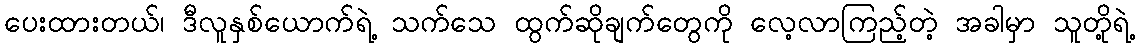
ပေးထားတယ်၊ ဒီလူနှစ်ယောက်ရဲ့ သက်သေ ထွက်ဆိုချက်တွေကို လေ့လာကြည့်တဲ့ အခါမှာ သူတို့ရဲ့